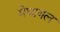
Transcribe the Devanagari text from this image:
मेघायल